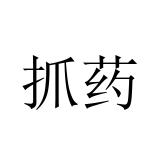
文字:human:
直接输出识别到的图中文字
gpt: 抓药